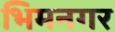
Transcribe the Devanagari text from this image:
भिमनगर